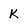
Character: K